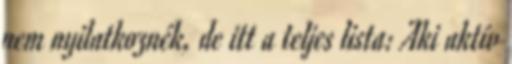
nem nyilatkoznék, de itt a teljes lista: Aki aktív